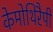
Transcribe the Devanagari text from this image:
केमोथिरैपी